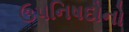
ઉપનિષદોનો